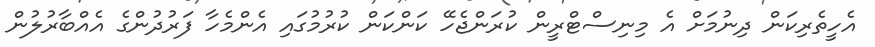
އެހީތެރިކަން ދިނުމަށް އެ މިނިސްޓްރީން ކުރަންޖެހޭ ކަންކަން ކުރުމުގައި އެންމެހާ ފަރުދުންގެ އެއްބާރުލުން